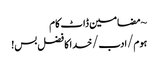
~ مضامین ڈاٹ کام
ہوم/ادب/خدا کا فضل بس!